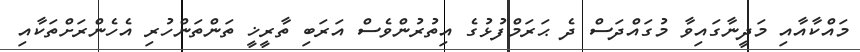
މައްކާއާއި މަދީނާގައިވާ މުގައްދަސް ދެ ޙަރަމްފުޅުގެ އިތުރުންވެސް އަރަބި ތާރީޚީ ތަންތަންހުރި އެހެންރަށްތަކާއި